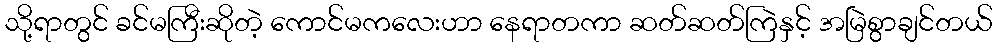
သို့ရာတွင် ခင်မကြီးဆိုတဲ့ ကောင်မကလေးဟာ နေရာတကာ ဆတ်ဆတ်ကြဲနှင့် အမြဲစွာချင်တယ်